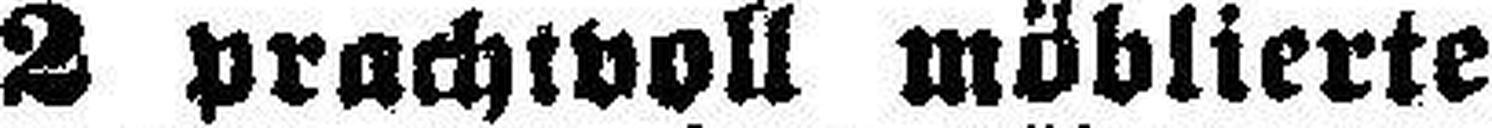
2 prachtvoll möblierte